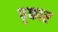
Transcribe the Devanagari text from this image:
पृकार